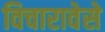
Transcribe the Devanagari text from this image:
विचारावेसे